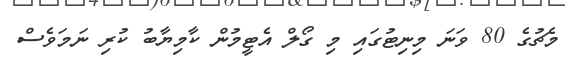
މެޗުގެ 80 ވަނަ މިނިޓުގައި މި ގޯލް އެޓީމުން ކާމިޔާބު ކުރި ނަމަވެސް